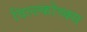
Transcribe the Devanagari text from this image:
विल्ल्कोच्क्स